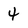
Character: 4